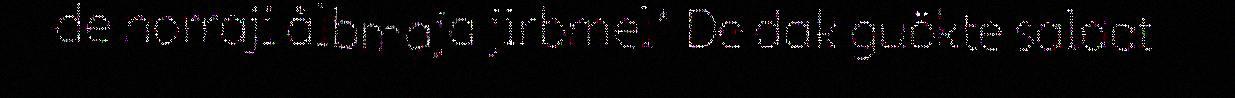
de norraji ålbmaja jirbmel* De dak guökte saldat